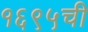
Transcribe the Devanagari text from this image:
१६९५ची